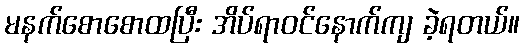
မနက်စောစောထပြီး အိပ်ရာဝင်နောက်ကျ ခဲ့ရတယ်။